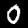
Digit: 0